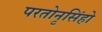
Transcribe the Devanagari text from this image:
परतोनृसिंहो